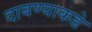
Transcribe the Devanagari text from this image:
दाबण्याकडे